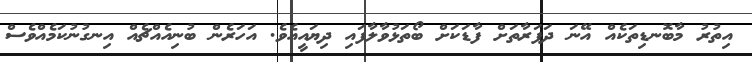
އިތުރު މާބޮނޑިތަކެއް އޭނަ ދަފަރާތަށް ފާޑަކަށް ބޯތަޅުވާލާފައި ދިޔައީއެވެ. އަހަރެން ބުނިއެއްޗެއް އިނގުނުކަމެއްވެސް